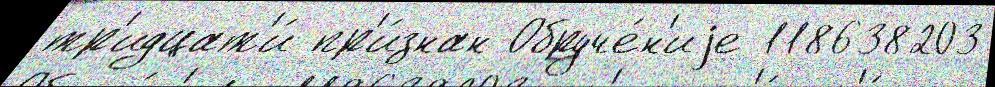
тр'идцат'и́ пр'и́знан Обруче́н'иjе 118638203